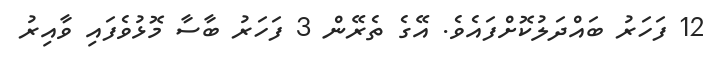
12 ފަހަރު ބައްދަލުކޮށްފައެވެ. އޭގެ ތެރޭން 3 ފަހަރު ބާސާ މޮޅުވެފައި ވާއިރު